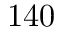
1 4 0